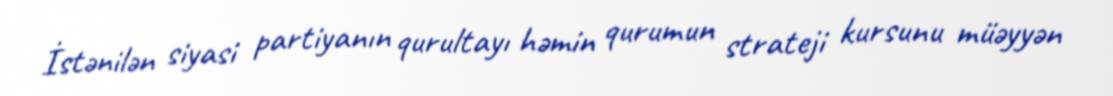
İstənilən siyasi partiyanın qurultayı həmin qurumun strateji kursunu müəyyən